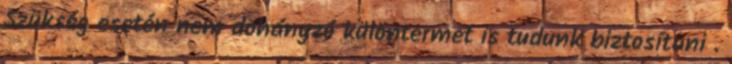
Szükség esetén nem dohányzó különtermet is tudunk biztosítani .